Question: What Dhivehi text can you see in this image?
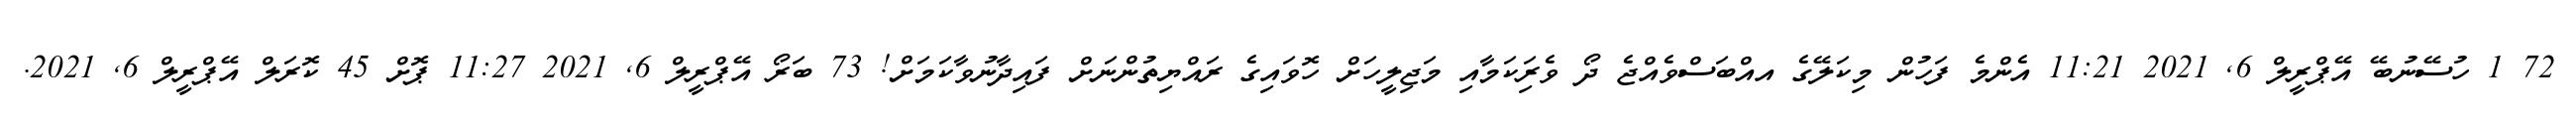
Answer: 72 1 ހުސޭނުބޭ އޭޕްރީލް 6, 2021 11:21 އެންމެ ފަހުން މިކަލޭގެ އއްބަސްވެއްޖެ ދޯ ވެރިަކަމާއި މަޖިލީހަށް ހޮވައިގެ ރައްޔިތުންނަށް ފައިދާނުވާކަމަށް! 73 ބަރޯ އޭޕްރީލް 6, 2021 11:27 ޕޮށް 45 ކޮރަލް އޭޕްރީލް 6, 2021.